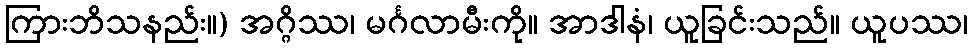
ကြားဘိသနည်း။) အဂ္ဂိဿ၊ မင်္ဂလာမီးကို။ အာဒါနံ၊ ယူခြင်းသည်။ ယူပဿ၊